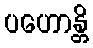
ပဟောန္တိ